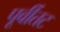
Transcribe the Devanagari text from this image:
पूर्वीतट